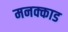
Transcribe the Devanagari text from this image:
मनक्काड